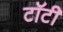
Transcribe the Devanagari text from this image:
टॉटी